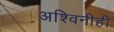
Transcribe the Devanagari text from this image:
अश्विनीही